Indian journal of veterinary science and animal husbandry - Volume 9,
Year: 1939
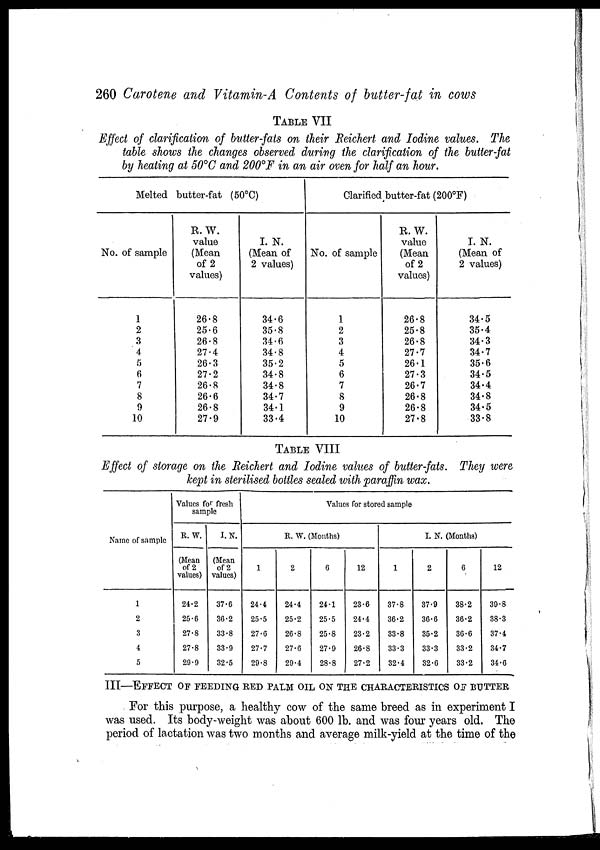
260 Carotene and Vitamin-A Contents of butter-fat in cows
TABLE VII
Effect of clarification of butter-fats on their Reichert and Iodine values. The
table shows the changes observed during the clarification of the butter-fat
by heating at 50°C and 200°F in an air oven for half an hour.
Melted butter-fat (50°C)
No. of sample
1
2
3
4
5
6
7
8
9
10
R.W.
value
(Mean
of 2
values)
26.8
25.6
26.8
27.4
26.3
27.2
26.8
26.6
26.8
27.9
I. N.
(Mean of
2 values)
34.6
35.8
34.6
34.8
35.2
34.8
34.8
34.7
34.1
33.4
Clarified butter-fat (200°F)
No. of sample
1
2
3
4
5
6
7
8
9
10
R.W.
value
(Mean
of 2
values)
26.8
25.8
26.8
27.7
26.1
27.3
26.7
26.8
26.8
27.8
I. N.
(Mean of
2 values)
34.5
35.4
34.3
34.7
35.6
34.5
34.4
34.8
34.5
33.8
TABLE VIII
Effect of storage on the Reichert and Iodine values of butter-fats. They were
kept in sterilised bottles sealed with paraffin wax.
Name of sample
1
2
3
4
5
Values for fresh
sample
R.W.
(Mean
of 2
values)
24.2
25.6
27.8
27.8
29.9
I. N.
(Mean
of 2
values)
37.6
36.2
33.8
33.9
32.5
Values for stored sample
R. W. (Months)
1
24.4
25.5
27.6
27.7
29.8
2
24.4
25.2
26.8
27.6
29.4
6
24.1
25.5
25.8
27.9
28.8
12
23.6
24.4
23.2
26.8
27.2
I. N. (Months)
1
37.8
36.2
33.8
33.3
32.4
2
37.9
36.6
35.2
33.3
32.6
6
38.2
36.2
36.6
33.2
33.2
12
39.8
38.3
37.4
34.7
34.6
III—EFFECT OF FEEDING RED PALM OIL ON THE CHARACTERISTICS OF BUTTER
For this purpose, a healthy cow of the same breed as in experiment I
was used. Its body-weight was about 600 lb. and was four years old. The
period of lactation was two months and average milk-yield at the time of the